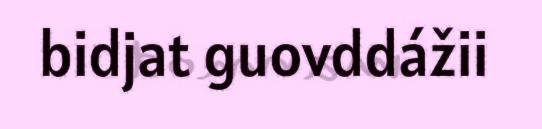
bidjat guovddážii